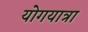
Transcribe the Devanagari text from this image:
योगयात्रा